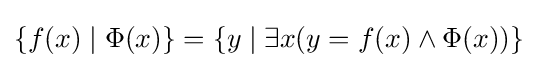
\{f(x)\mid \Phi (x)\}=\{y\mid \exists x(y=f(x)\wedge \Phi (x))\}